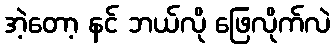
အဲ့တော့ နင် ဘယ်လို ဖြေလိုက်လဲ